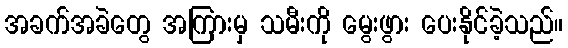
အခက်အခဲတွေ အကြားမှ သမီးကို မွေးဖွား ပေးနိုင်ခဲ့သည်။